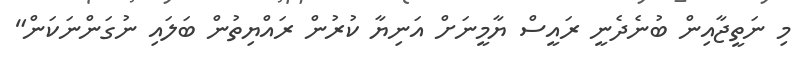
މި ނަތީޖާއިން ބުނެދެނީ ރައީސް ޔާމީނަށް އަނިޔާ ކުރުން ރައްޔިތުން ބަލައި ނުގަންނަކަން"